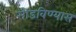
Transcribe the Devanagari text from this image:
सोडविण्यास